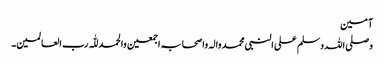
آمین
وصلی اللہ وسلم علی النبی محمد والہ واصحابہ اجمعین والحمد للّٰہ رب العالمین۔